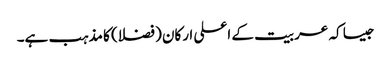
جیسا کہ عربیت کے اعلی ارکان (فضلا) کا مذہب ہے۔